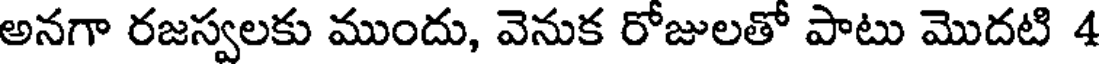
అనగా రజస్వలకు ముందు, వెనుక రోజులతో పాటు మొదటి 4